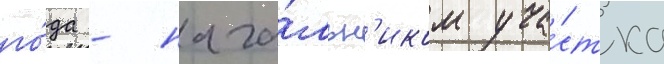
го́да - нача́льн'иком уча́стка